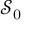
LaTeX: { \mathcal { S } } _ { 0 }